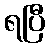
ရပြီ